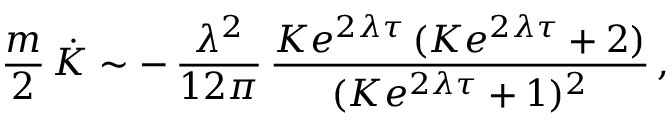
\frac { m } { 2 } \, \dot { K } \sim - \, \frac { \lambda ^ { 2 } } { 1 2 \pi } \, \frac { K e ^ { 2 \lambda \tau } \, ( K e ^ { 2 \lambda \tau } + 2 ) } { ( K e ^ { 2 \lambda \tau } + 1 ) ^ { 2 } } \, ,